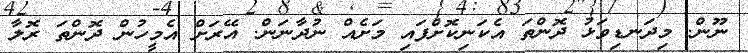
ނޫން. މިދަނޑިވަޅު ދޮންތަ އެކަނިކޮށްފައި މަށެއް ނުދާނަން. އޭރަށް އެމީހުން ދޮންތަ ރޮލާ